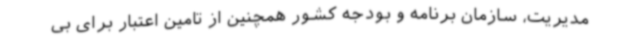
مدیریت، سازمان برنامه و بودجه کشور همچنین از تامین اعتبار برای بی